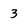
Character: 3